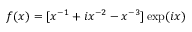
f ( x ) = [ x ^ { - 1 } + i x ^ { - 2 } - x ^ { - 3 } ] \exp ( i x )